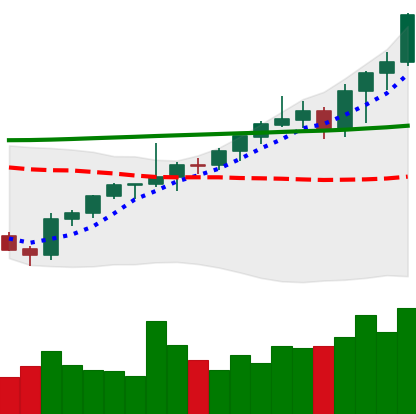
Ticker: ETH-USD
Chart end date: 2021-08-07
Forward return: -3.605%
Label: down_3_5